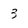
Character: 3